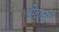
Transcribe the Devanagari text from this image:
पोटानों